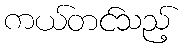
ကယ်တင်သည့်